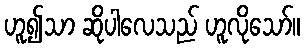
ဟူ၍သာ ဆိုပါလေသည် ဟူလိုသော်။